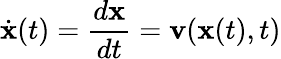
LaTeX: \dot{{\mathbf x}}(t)=\frac{d{\mathbf x}}{dt}={\mathbf v}({\mathbf x}(t),t)